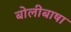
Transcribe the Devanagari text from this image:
बोलीबाषा